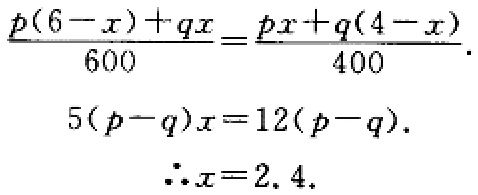
\[\frac{p(6 - x)+qx}{600}=\frac{px + q(4 - x)}{400}.\]
\[5(p - q)x = 12(p - q).\]
\[\therefore x = 2.4.\]